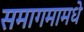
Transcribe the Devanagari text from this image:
समागमामधे